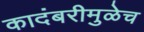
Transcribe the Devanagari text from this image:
कादंबरीमुळेच